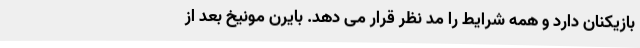
بازیکنان دارد و همه شرایط را مد نظر قرار می دهد. بایرن مونیخ بعد از